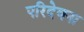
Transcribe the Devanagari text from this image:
परिदेवना